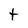
Character: t